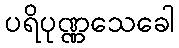
ပရိပုဏ္ဏသေခေါ